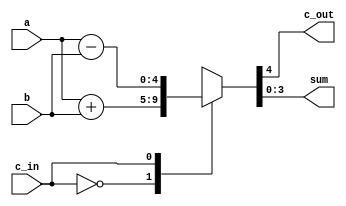
module Add_usign_4(c_out, sum, a, b, c_in);
    //wire b0_in, b1_in, b2_in, b3_in, c1, c2, c3, c4;    //intermediate wires
    output reg [3:0] sum;
    output reg c_out;
    input [3:0] a, b;
    input c_in;

    always @(a, b, c_in)
    case (c_in)
        1'b0: {c_out, sum} = a + b;
        1'b1: {c_out, sum} = a - b;
    endcase

endmodule

module Add_usign_tb;
    reg [3:0] a, b;
    reg c_in;
    wire [3:0] s;
    wire c_out;

    //Instantiate UUT
    Add_usign_4 UUT(c_out, s, a, b, c_in);
    
    //stimulus block
    initial
        begin
            a = 4'b0010;
            b = 4'b0011;
            c_in = 1'b0;
            #100;
            //a = 4'b0010;
            //b = 4'b0013;
            c_in = 1'b1;
            #100;
        end
    initial $monitor("a = %d, b = %d, c_in = %d, sum = %d, c_out = %d", a, b, c_in, s, c_out);
endmodule